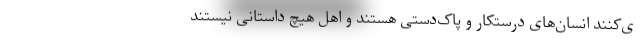
ی‌کنند انسان‌های درستکار و پاک‌دستی هستند و اهل هیچ داستانی نیستند